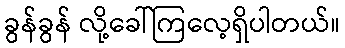
ခွန်ခွန် လို့ခေါ်ကြလေ့ရှိပါတယ်။